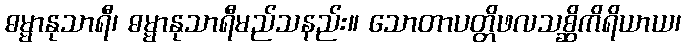
ဓမ္မာနုသာရီ၊ ဓမ္မာနုသာရီမည်သနည်း။ သောတာပတ္တိဖလသစ္ဆိကိရိယာယ၊